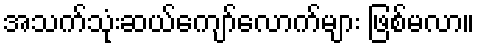
အသက်သုံးဆယ်ကျော်လောက်များ ဖြစ်မလာ။